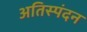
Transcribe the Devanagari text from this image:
अतिस्पंदन